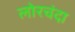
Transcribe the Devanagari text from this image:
लोरचंदा